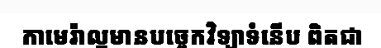
កាមេរ៉ាល្អមានបច្ចេកវិទ្យាទំនើប ពិតជា